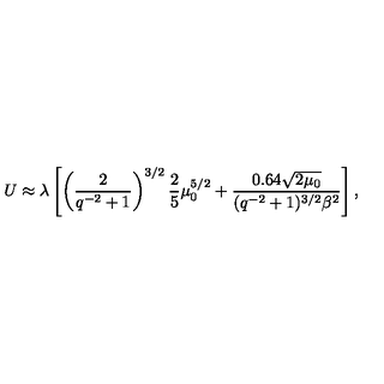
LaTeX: U \approx \lambda \left[ \left( \frac { 2 } { q ^ { - 2 } + 1 } \right) ^ { 3 / 2 } \frac { 2 } { 5 } \mu _ { 0 } ^ { 5 / 2 } + \frac { 0 . 6 4 \sqrt { 2 \mu _ { 0 } } } { ( q ^ { - 2 } + 1 ) ^ { 3 / 2 } \beta ^ { 2 } } \right] ,